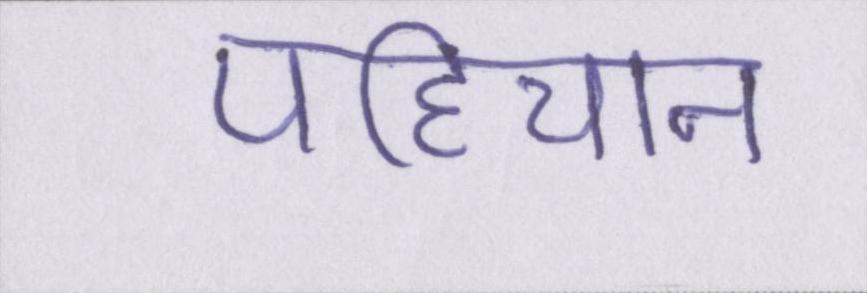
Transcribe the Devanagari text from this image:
पहिचान